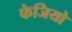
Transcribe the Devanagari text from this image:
फेजियो